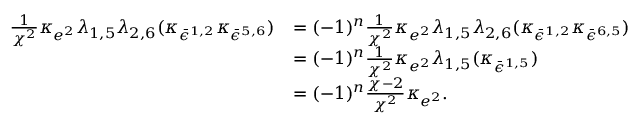
\begin{array} { r l } { \frac { 1 } { \chi ^ { 2 } } \kappa _ { e ^ { 2 } } \lambda _ { 1 , 5 } \lambda _ { 2 , 6 } ( \kappa _ { \bar { \epsilon } ^ { 1 , 2 } } \kappa _ { \bar { \epsilon } ^ { 5 , 6 } } ) } & { = ( - 1 ) ^ { n } \frac { 1 } { \chi ^ { 2 } } \kappa _ { e ^ { 2 } } \lambda _ { 1 , 5 } \lambda _ { 2 , 6 } ( \kappa _ { \bar { \epsilon } ^ { 1 , 2 } } \kappa _ { \bar { \epsilon } ^ { 6 , 5 } } ) } \\ & { = ( - 1 ) ^ { n } \frac { 1 } { \chi ^ { 2 } } \kappa _ { e ^ { 2 } } \lambda _ { 1 , 5 } ( \kappa _ { \bar { \epsilon } ^ { 1 , 5 } } ) } \\ & { = ( - 1 ) ^ { n } \frac { \chi - 2 } { \chi ^ { 2 } } \kappa _ { e ^ { 2 } } . } \end{array}